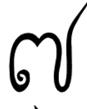
៧